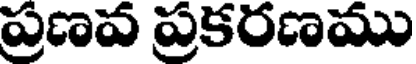
ప్రణవ ప్రకరణము